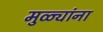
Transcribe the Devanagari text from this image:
मुळ्यांना